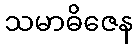
သမာဓိဇေန